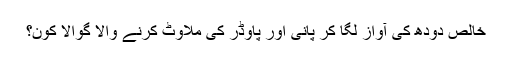
خالص دودھ کی آواز لگا کر پانی اور پاوڈر کی ملاوٹ کرنے والا گوالا کون؟